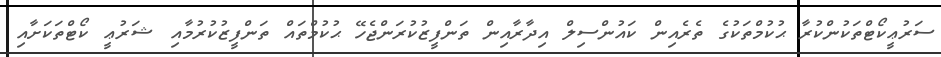
ސަރުޢީކޯޓްތަކުންކުރާ ޙުކުމްތަކުގެ ތެރެއިން ކައުންސިލް އިދާރާއިން ތަންފީޒުކުރަންޖެހޭ ޙުކުމްތައް ތަންފީޒުކުރުމާއި ޝަރުޢީ ކޯޓްތަކަށާއި